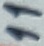
Text: 11